Bréfritari: Soffía Daníelsdóttir
Viðtakandi: Jakobína Magnúsdóttir og Daníel Halldórsson
Dagsetning: A-1904-04-22
Skrifað á: Skeggjastöðum  N-Múl.
Soffía var dóttir Jakobínu og Daníels

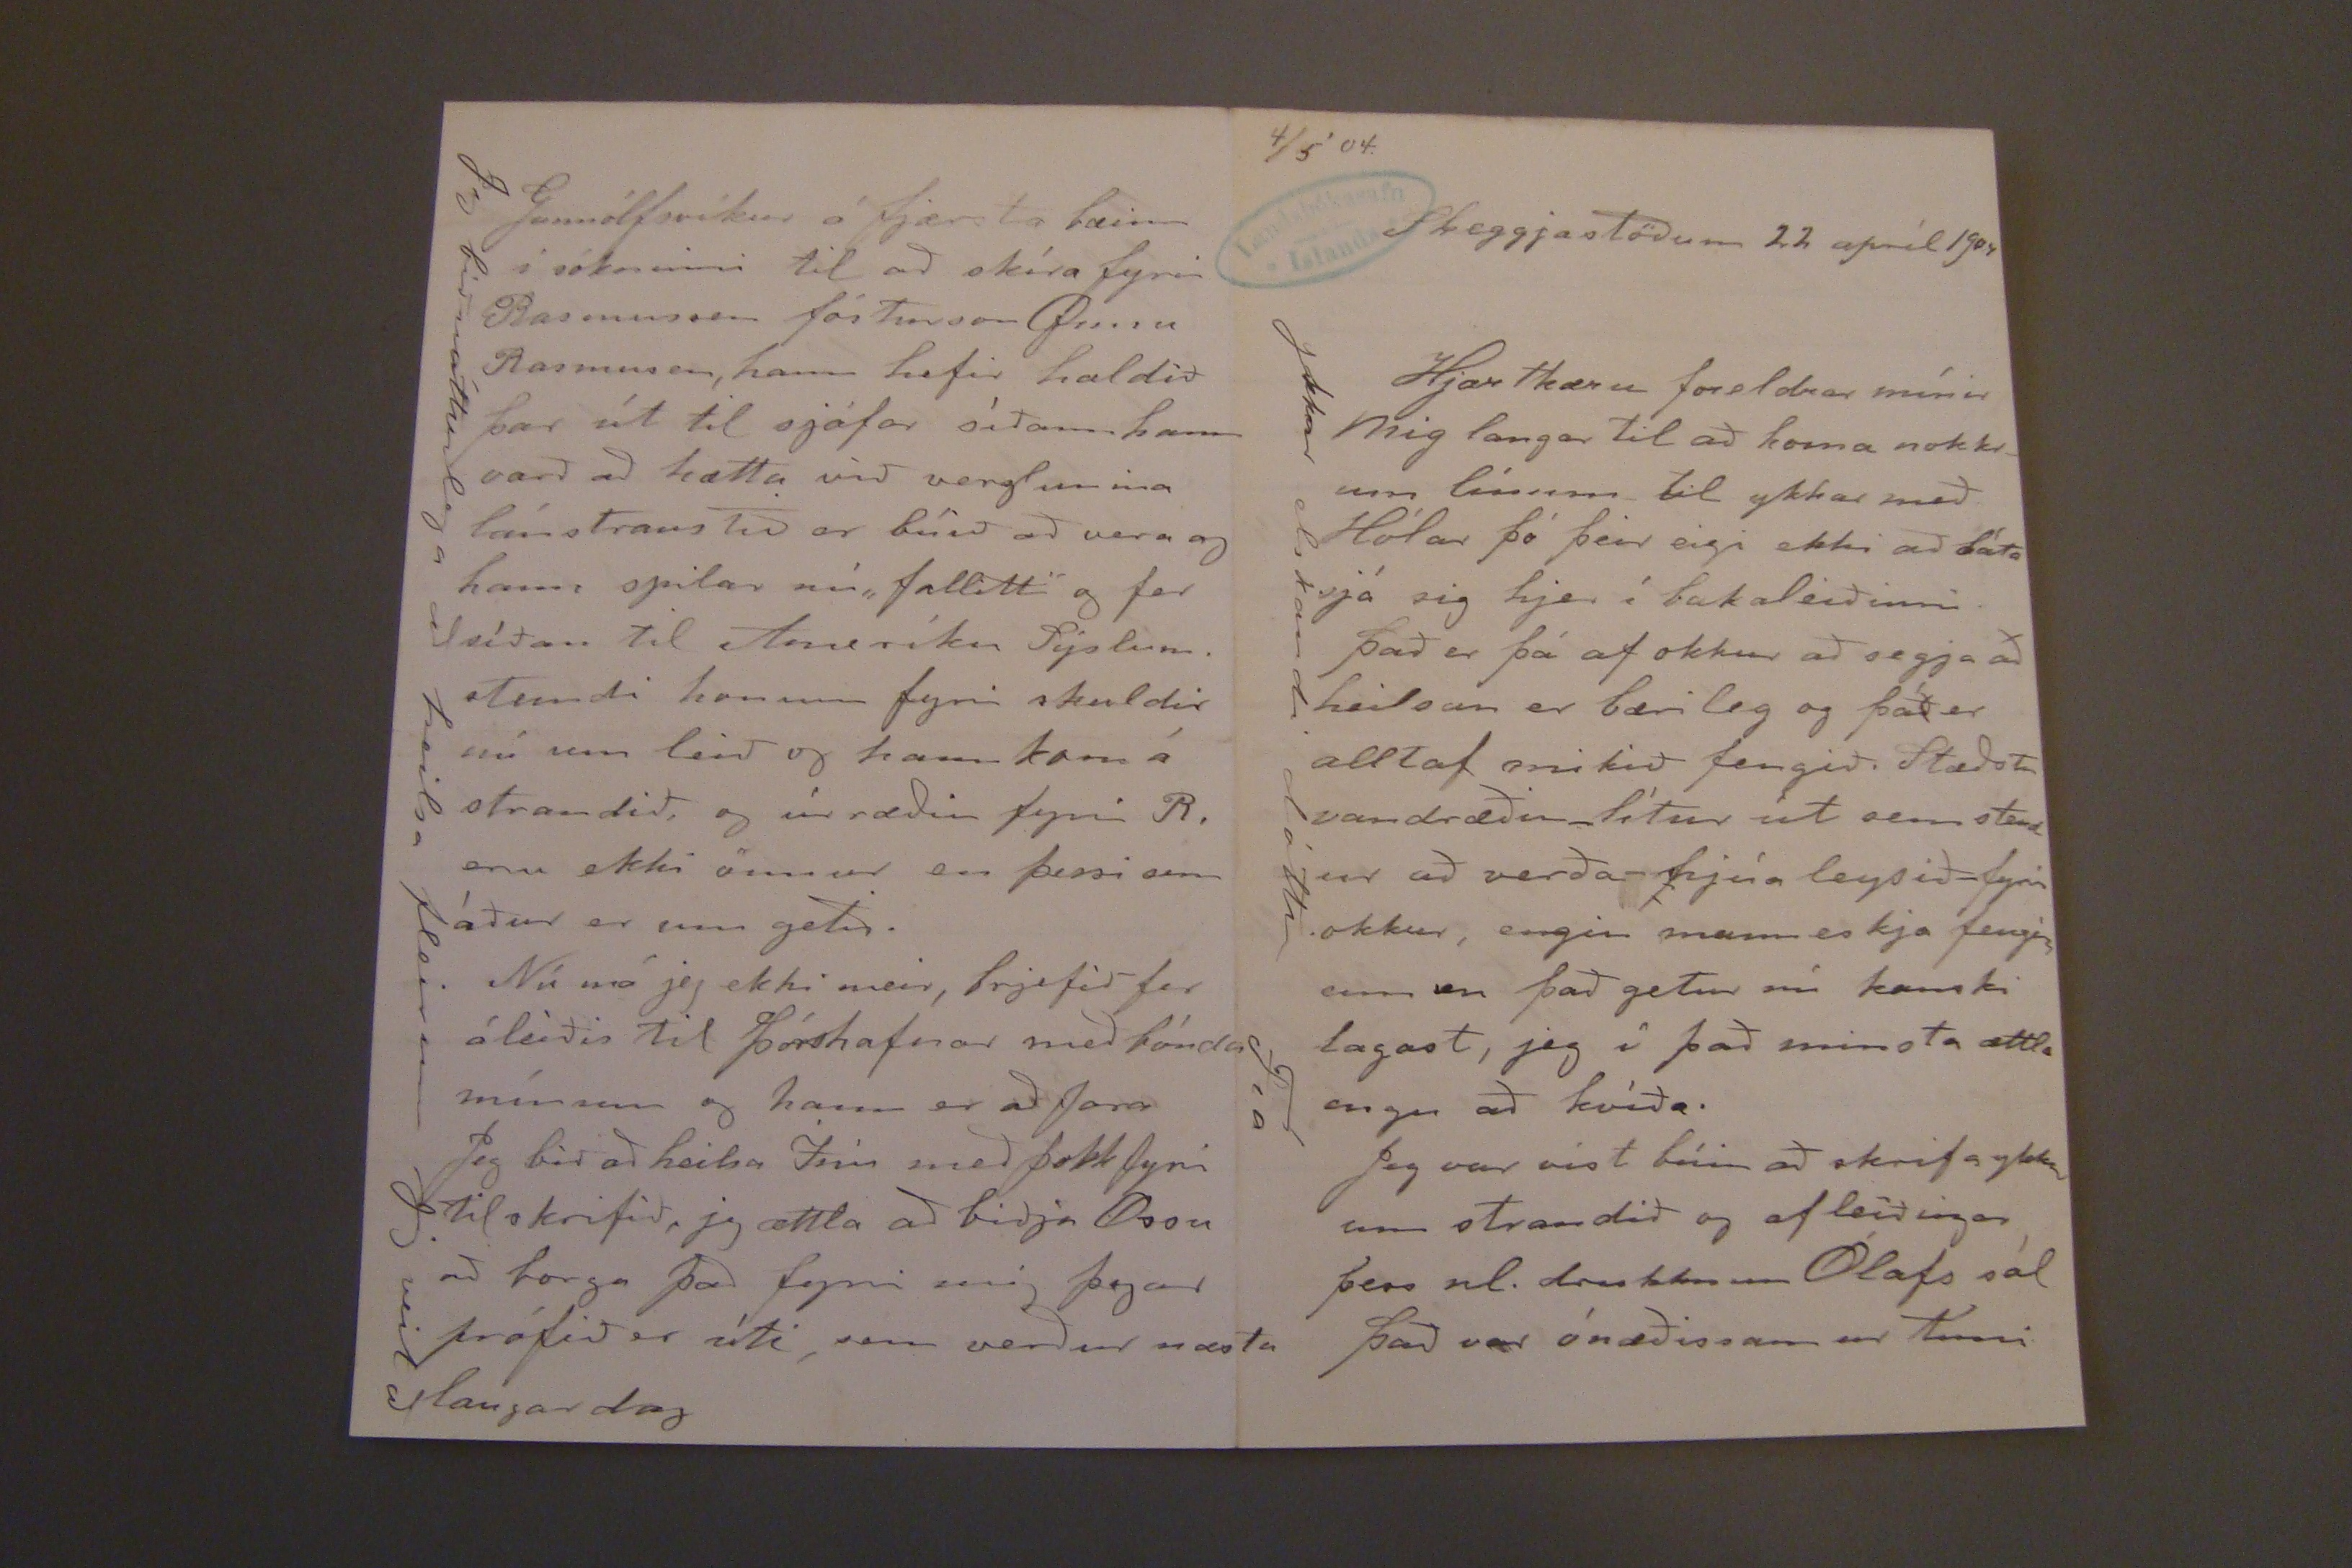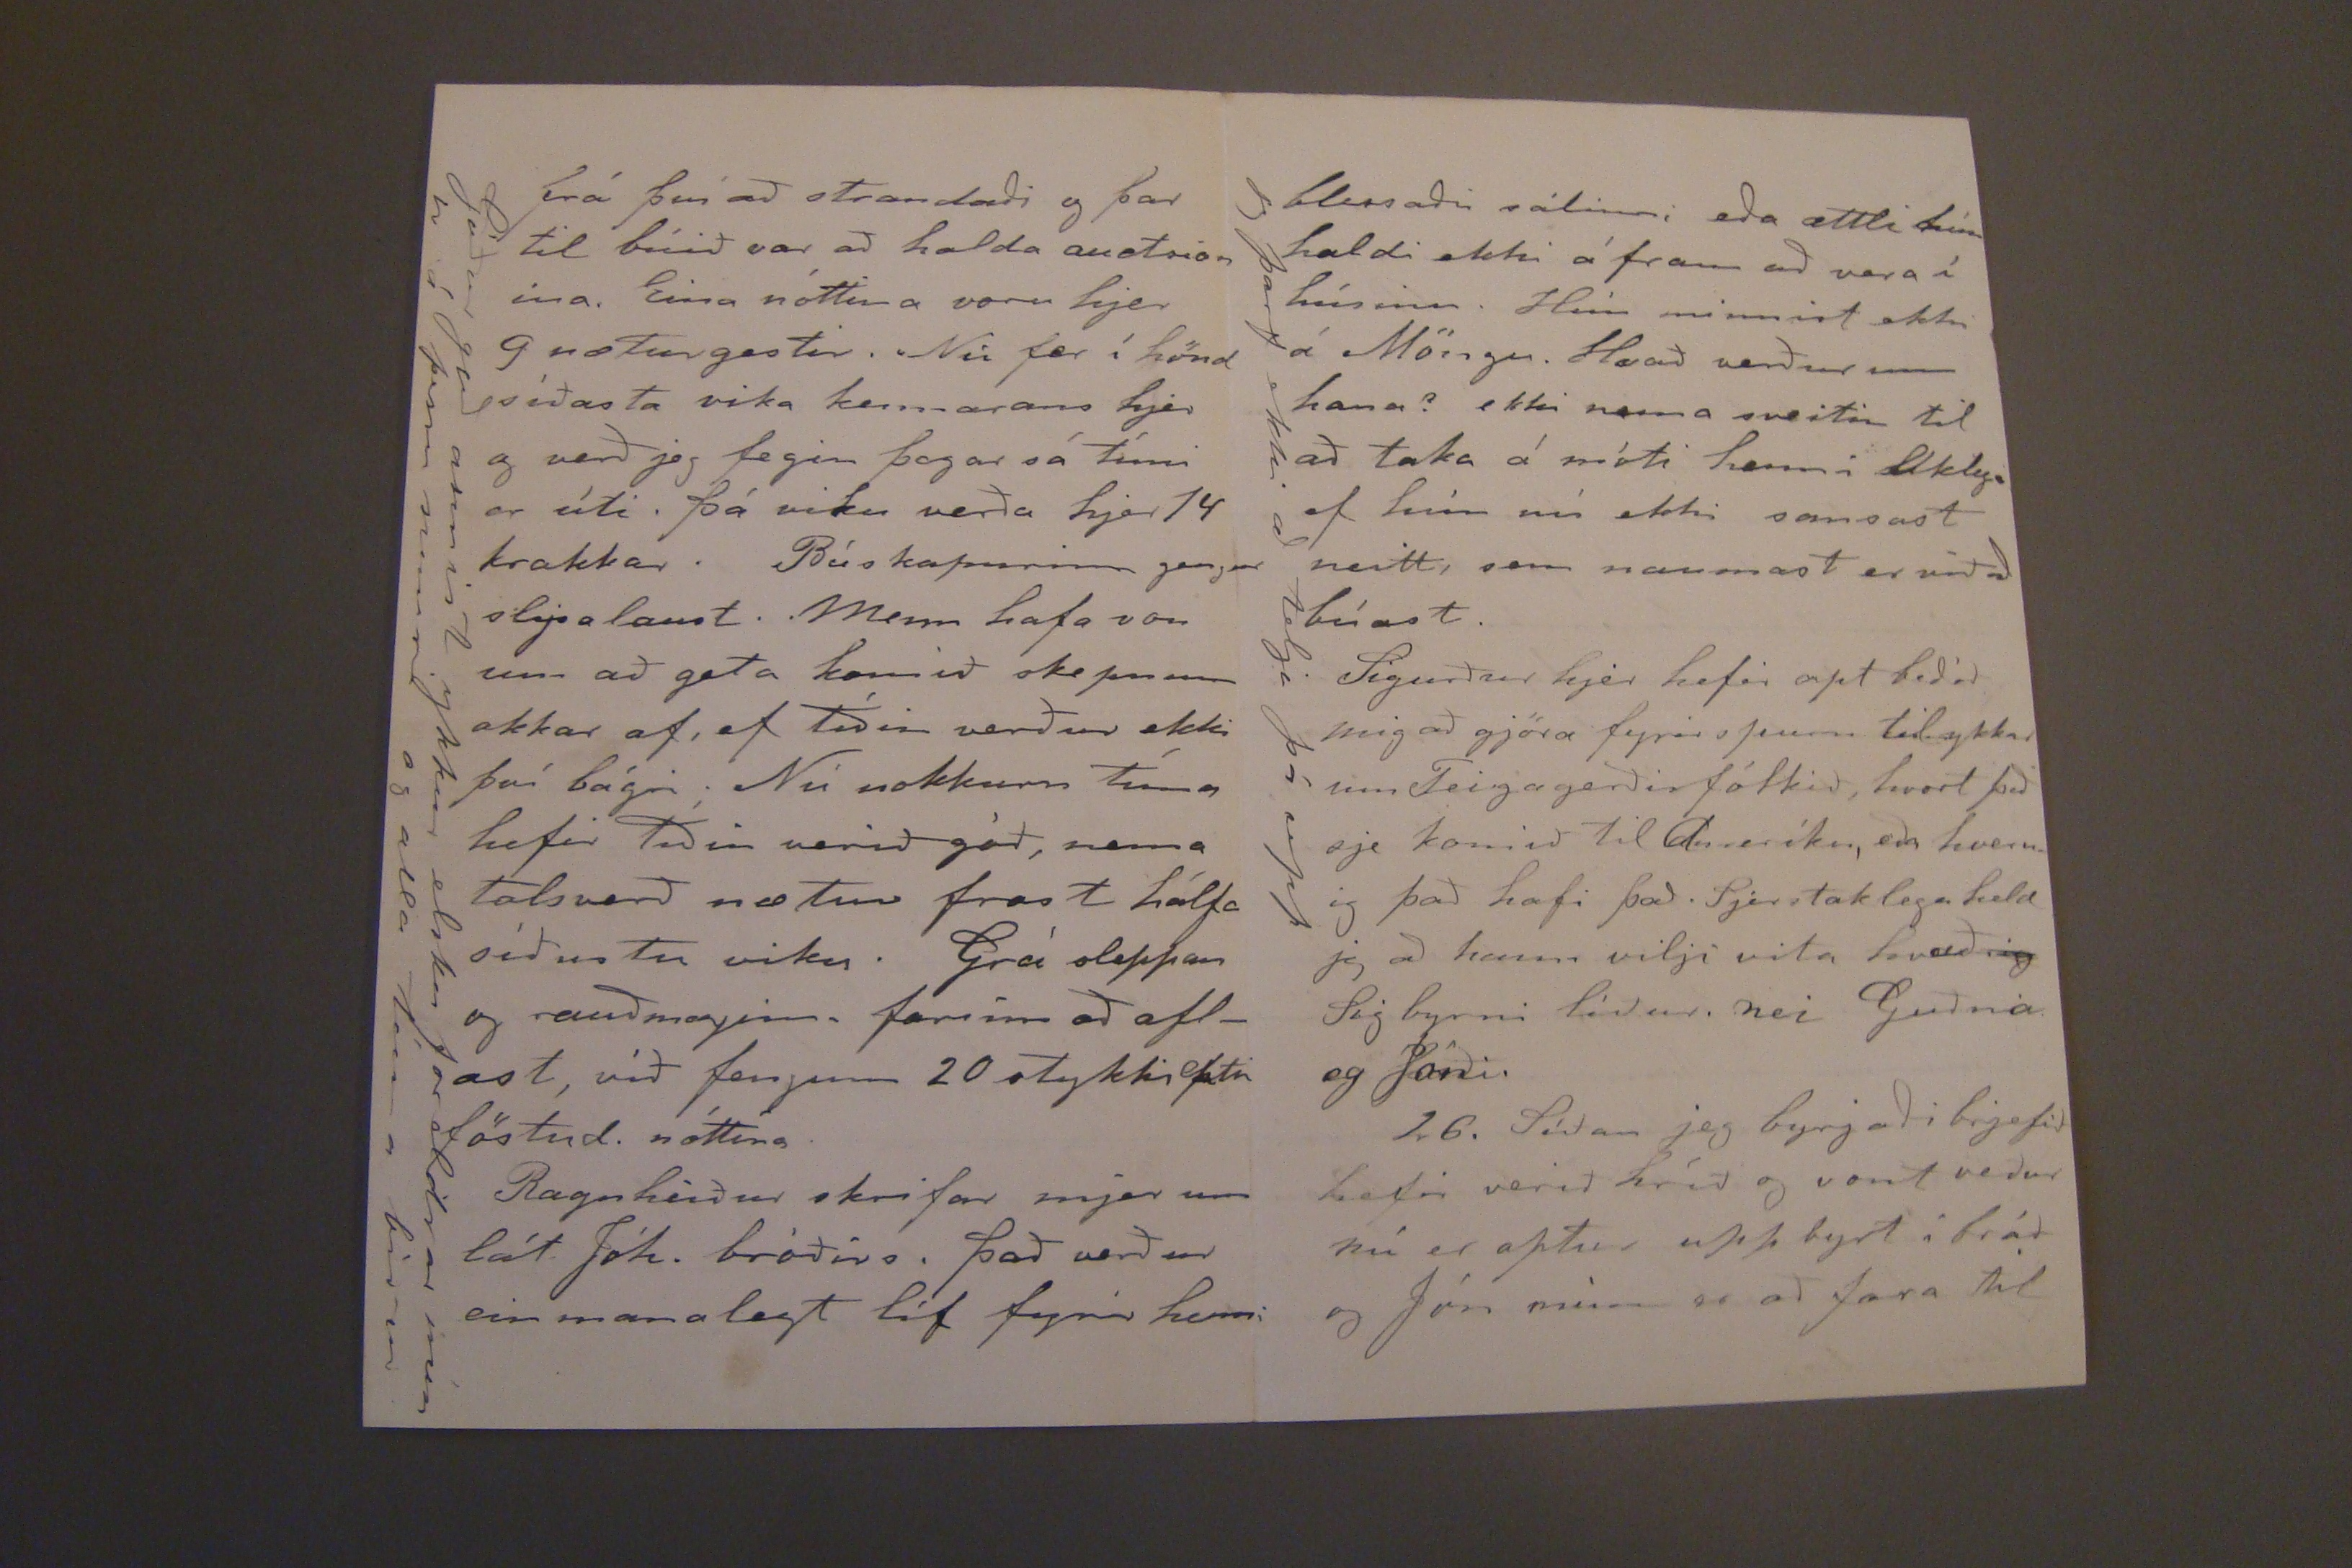

4/5'04.
Skeggjastöðum 22 apríl 1904
Hjartkæru foreldrar mínir
Mig langar til að koma nokkrum línum til ykkar með Hólar þó þeir eigi ekki að láta sjá sig hjer í bakaleiðinni.
það er þá af okkur að segja að heilsan er bærileg og það er alltaf mikið fengið, Stæðstu vandræðin lítur út sem stend ur að verða -hjúa leysið- fyrir okkur, engin manneskja fengin enn en það getur nú kanski lagast, jeg í það minsta ættla engu að kvíða.
Jeg var víst búin að skrifa ykkur um strandið og afleíðingar þess nl. drukknun Ólafs sál það var ónæðissamur tími
ykkar elskandi dóttir Fía
frá því að strandaði og þar til búið var að halda auctrion ina. Eina nóttina voru hjer 9 næturgestir. Nú fer í hönd síðasta vika kennarans hjer og verð jeg fegin þegar sá tími er úti. þá viku verða hjer 14 krakkar. Búskapurinn gengur slysalaust. Menn hafa von um að geta komið skepnum okkar af, ef tíðin verður ekki því bágri; Nú nokkurn tíma hefir tíðin verið góð, nema talsverð nætur frost hálfa síðustu viku. Grá sleppan og rauðmaginn, farinn að aflast, víð fengum 20 stykki eftir föstud. nóttina.
Ragnheiður skrifar mjer um lát Jóh. bróðirs. það verður einmanalegt líf fyrir henni
Góður guð annist ykkur elsku foreldrar mín ir í þessu sumri og alla tíma biður
Gunnólfsvíkur á fjærsta bæinn í sókninni til að skíra fyrir Rasmussen fósturson Onnu Rasmusen, hann hefir haldið þar út til sjáfar síðann hann varð að hætta við verzlunina lánstrausTið er búið að vera og hann; spilar nú "fallitt" og fer síðan til Ameríku Sýslum.
stundi
honum fyrir skuldir nú um leið og hann kom á strandið, og úrræðin fyrir R. eru ekki önnur en þessi sem áður er um getið.
Nú má jeg ekki meir, brjefið fer áleiðis til þórshafnar með bónda mínum og hann er að fara
Jeg bið að heilsa Inu með þokk fyrir til skrifið, jeg ættla að biðja Ossu að borga það fyrir mig þegar prófið er úti, sem verður næsta laugardag
Jeg bið nátturlega að heilsa fleirum Jeg veit að
blessaðri sálinni eða ættli hún hafdi ekki á fram að vera í húsinu. Hún minnist ekki á Möngu. Hvað verður um hana? ekki nema sveitin til að taka á móti henni líklega ef hún nú ekki sansast neitt, sem naumast er við að búast.
Sigurður hjer hefir opt beðið mig að gjöra fyrir spurn til ykkar um Teiga gerðir fólkið, hvort það sje komið til Ameríku, eða hvernig það hafi það. Sjerstaklega held jeg að hann vilji vita hvað
sig
Sig byrni líður. nei Guðna og Jóni.
26. Síðan jeg byrjaði brjefið hefir verið hríð og vont veður nú er aptur upp byrt í bráð og Jón minn er að fara til
jeg þarf ekki að telja þá upp